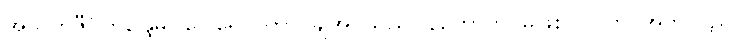
အသက်ဇီဝိတိန္ဒြေမှ။ ပေါရောပိတာ၊ ချအပ်သည်။ နဟောတိ၊ မဖြစ်။ ပိတာ၊ အဘသည်။